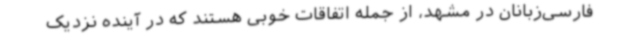
فارسی‌زبانان در مشهد، از جمله اتفاقات خوبی هستند که در آینده نزدیک